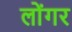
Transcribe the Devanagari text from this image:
लोंगर